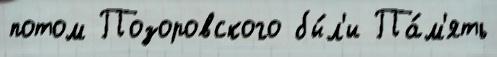
потом Позоровского бы́л'и Па́м'ять